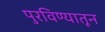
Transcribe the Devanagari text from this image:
पुरविण्यातून